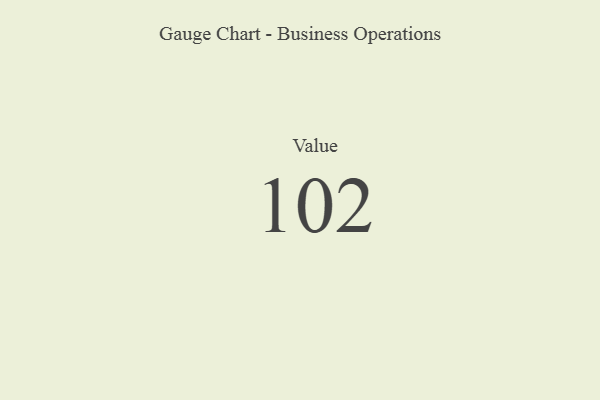
{"axis": {"x": "Metric", "y": "Value"}, "legend": [""], "data": [{"x": "Value", "y": 102, "type": ""}]}